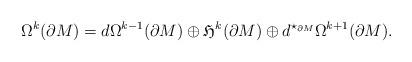
LaTeX: \begin{align*}\Omega^k(\partial M)=d\Omega^{k-1}(\partial M)\oplus\mathfrak{H}^k(\partial M)\oplus d^{\star_{\partial M}}\Omega^{k+1}(\partial M).\end{align*}